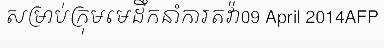
សម្រាប់ក្រុមមេដឹកនាំការតវ៉ា09 April 2014AFP